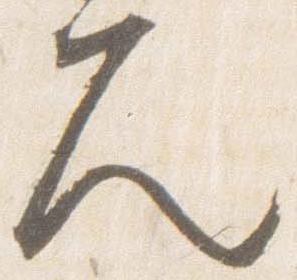
久